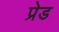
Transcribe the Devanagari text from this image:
प्रेड